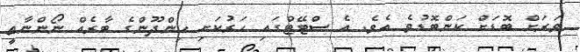
ވަރަށް ބޮޑަށް ކަންބޮޑުވެ އެވެ. އެ ސްޓޭޓްގައި ހަރުކަށި ހިންދޫންގެ ބާރެއް ނޯންނާތީ